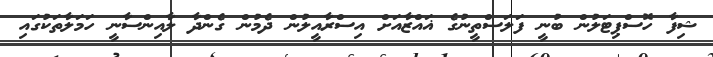
ޝިފާ ހޮސްޕިޓަލުން ބުނީ ފަލަސްތީނުގެ ޣައްޒާއަށް އިސްރާއީލުން ދެމުން ގެންދާ ލާއިންސާނީ ހަމަލާތަކުގައި